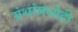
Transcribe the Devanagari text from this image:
ग्रंथांमध्येही